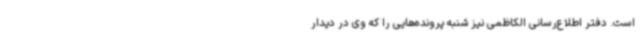
است. دفتر اطلاع‌رسانی الکاظمی نیز شنبه پرونده‌هایی را که وی در دیدار